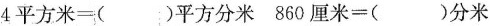
4平方米=()平方分米860厘米=()分米